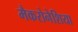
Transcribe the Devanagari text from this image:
मैकरोनेशिया